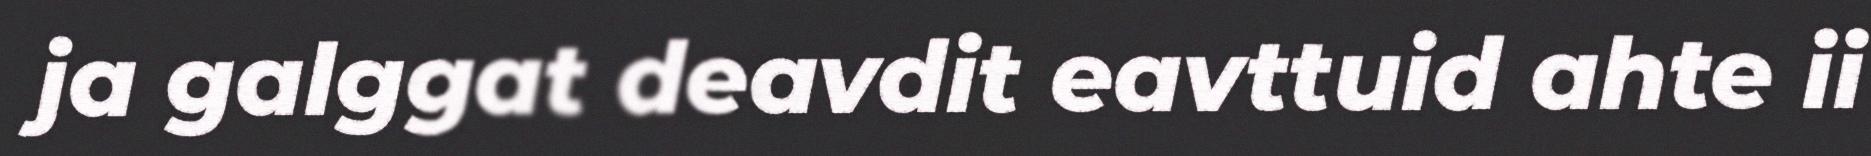
ja galggat deavdit eavttuid ahte ii